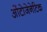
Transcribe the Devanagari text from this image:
ओंटोजेनेटिक